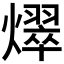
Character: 𪺀